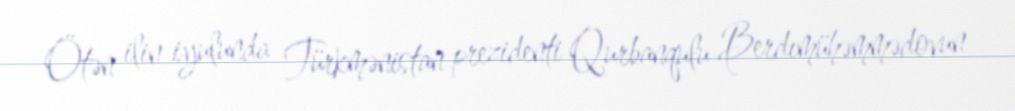
Ötən ilin iyulunda Türkmənistan prezidenti Qurbanqulu Berdımühəmmədovun